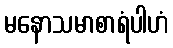
မနောသမာစာရံပါဟံ